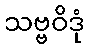
သဗ္ဗဝိဒုံ